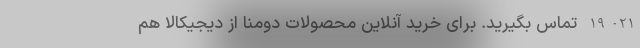
19-021 تماس بگیرید. برای خرید آنلاین محصولات دومنا از دیجیکالا هم